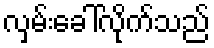
လှမ်းခေါ်လိုက်သည်